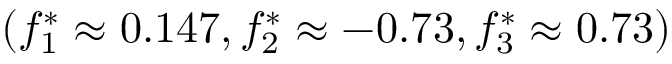
( f _ { 1 } ^ { * } \approx 0 . 1 4 7 , f _ { 2 } ^ { * } \approx - 0 . 7 3 , f _ { 3 } ^ { * } \approx 0 . 7 3 )